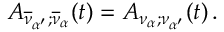
{ \cal A } _ { \overline { { { \nu } } } _ { \alpha ^ { \prime } } ; \overline { { { \nu } } } _ { \alpha } } ( t ) = { \cal A } _ { \nu _ { \alpha } ; \nu _ { \alpha ^ { \prime } } } ( t ) \, .